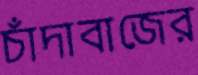
চাঁদাবাজের